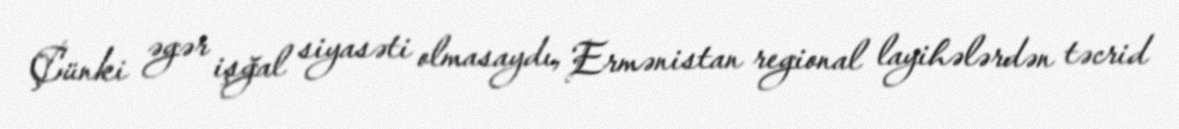
Çünki əgər işğal siyasəti olmasaydı, Ermənistan regional layihələrdən təcrid